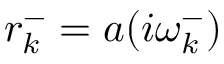
r _ { k } ^ { - } = a ( i \omega _ { k } ^ { - } )